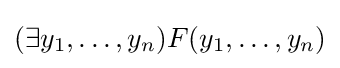
(\exists y_{1},\ldots ,y_{n})F(y_{1},\ldots ,y_{n})